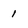
Character: 1